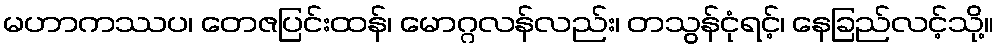
မဟာကဿပ၊ တေဇပြင်းထန်၊ မောဂ္ဂလန်လည်း၊ တသွန်ငုံရင့်၊ နေခြည်လင့်သို့။